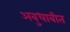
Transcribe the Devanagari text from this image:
अबुधाबीत